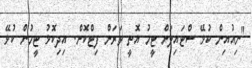
"ނިއުއިން ކުޅޭ ސްޓައިލަށް ޓީމު އޮތީ ވަރަށް ފިޓްކޮށް. އިދިކޮޅު ޓީމުން ކުޅޭ